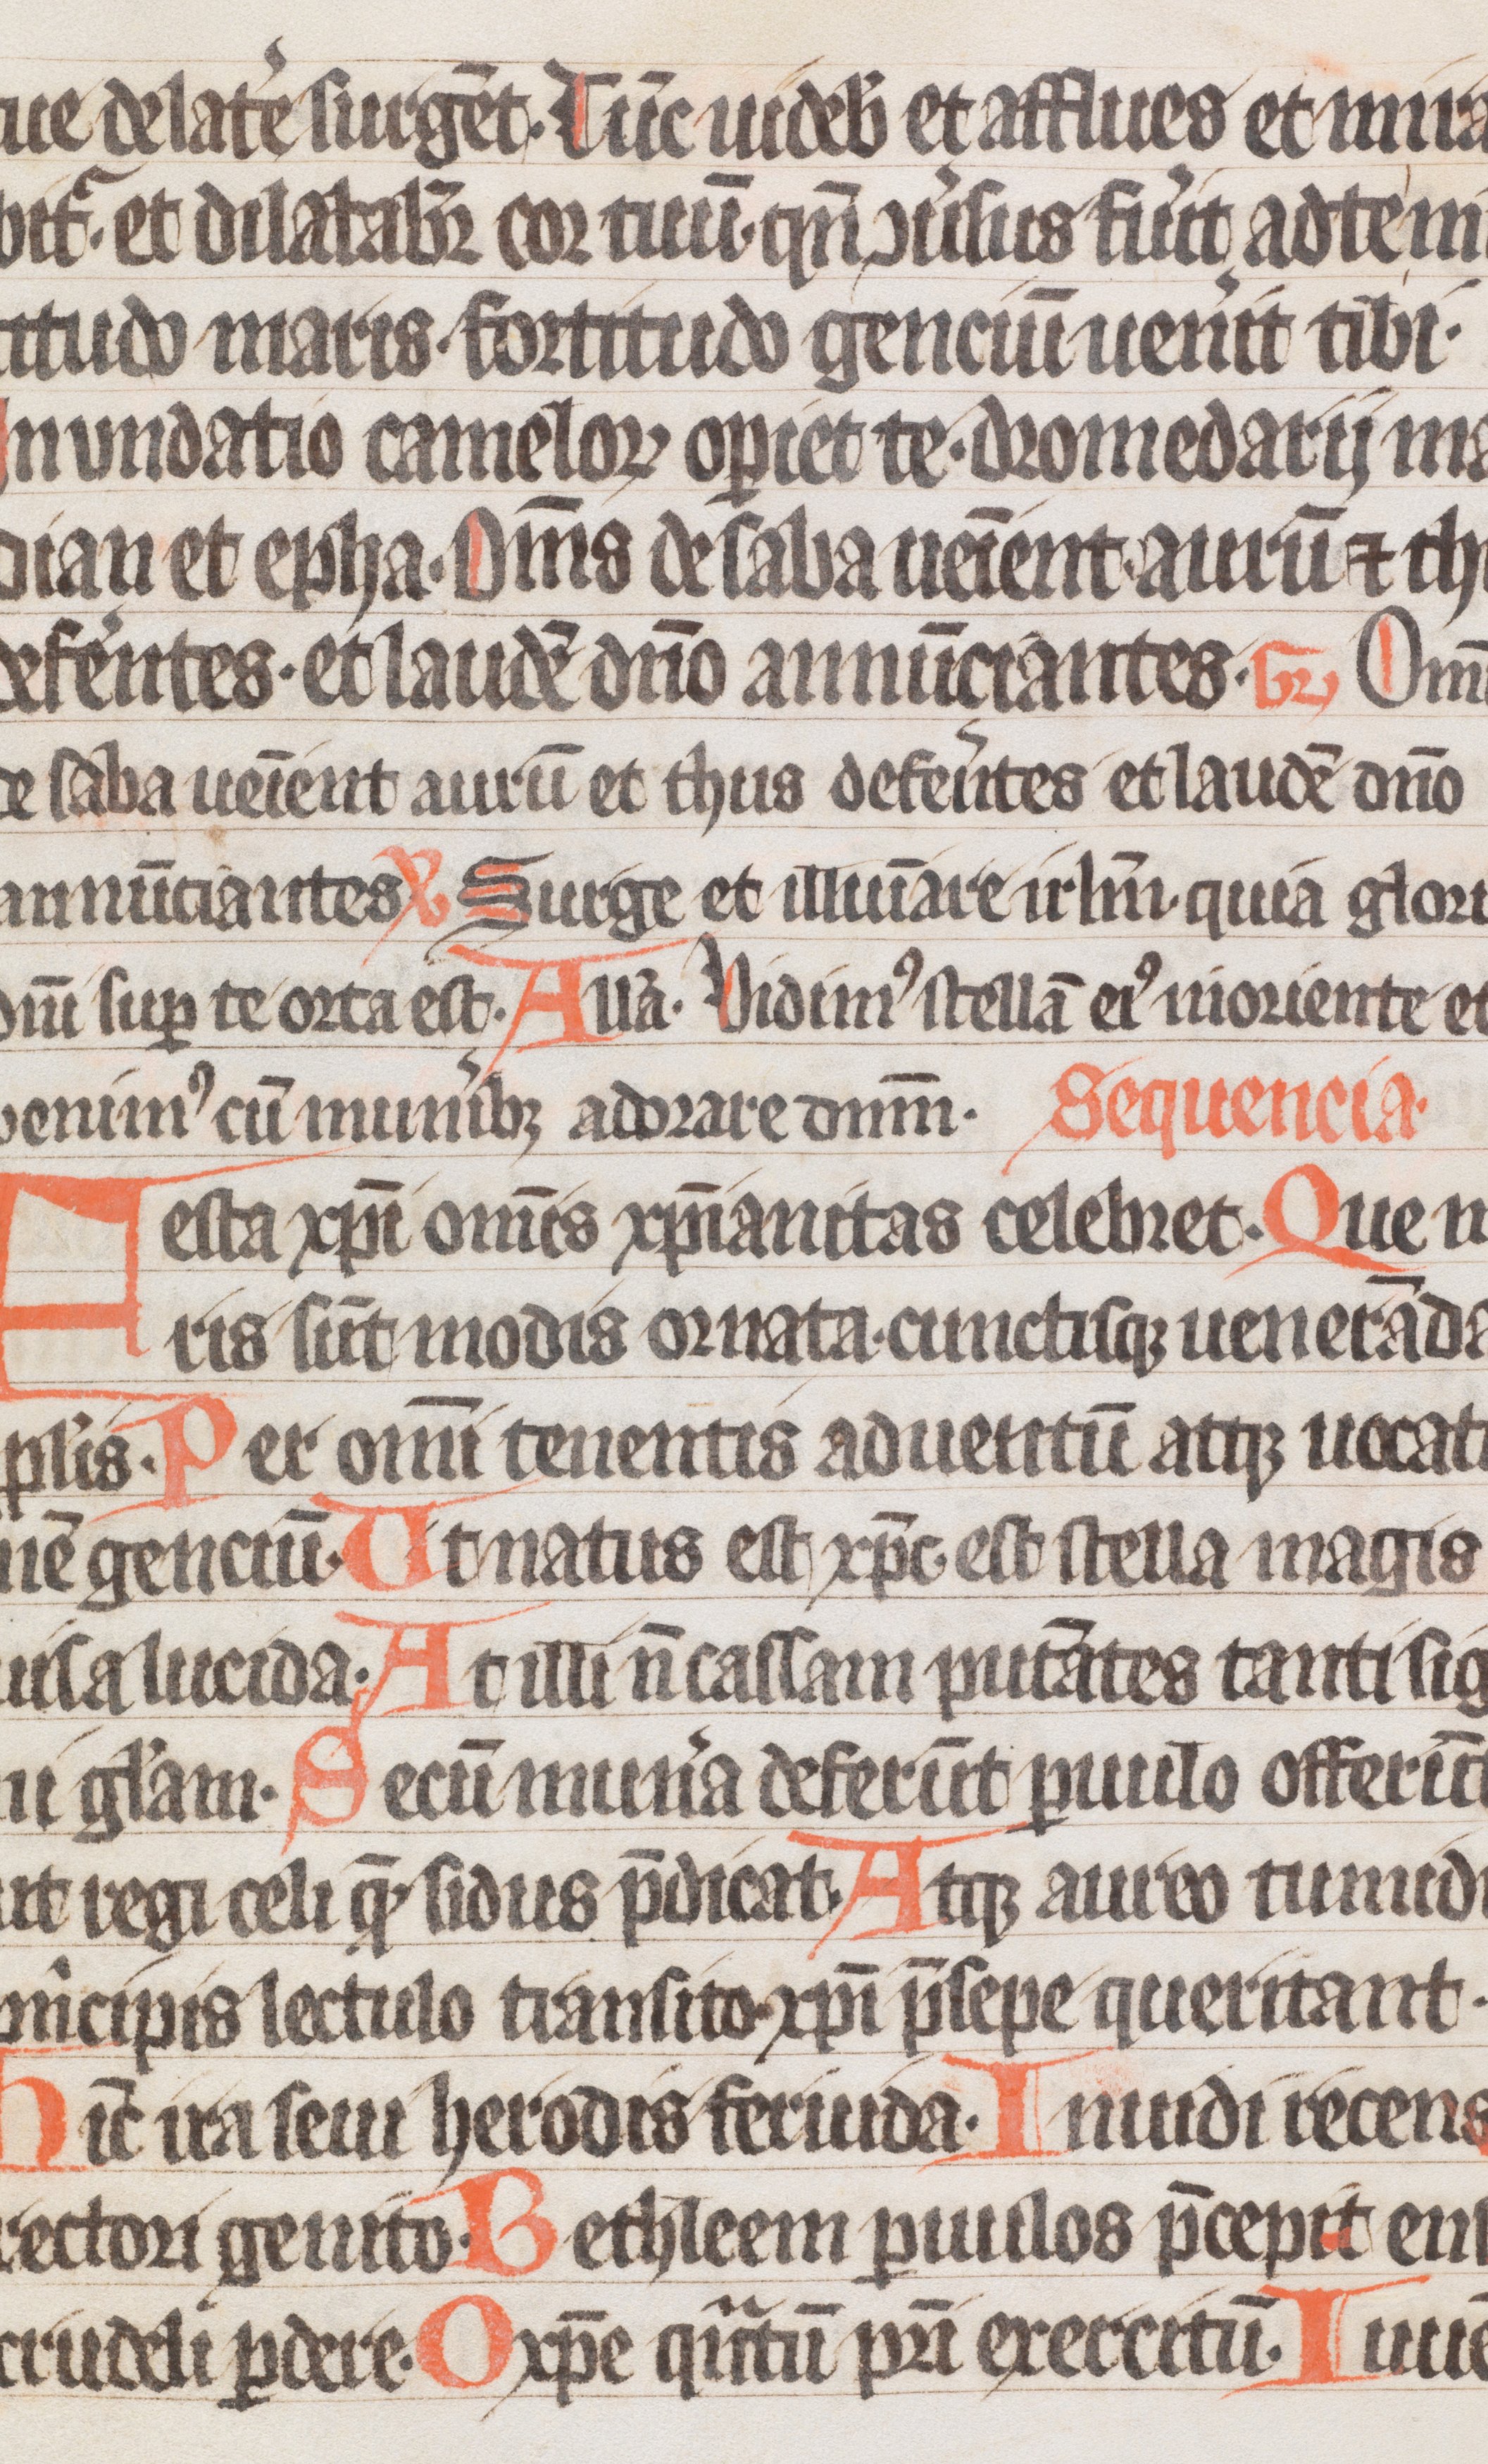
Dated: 1333–1333